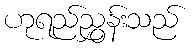
ဟုရည်ညွှန်းသည်